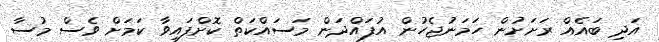
އަދި ބައެއް ރަށަށުން ހަމަނުޖެހުން އުފައްދަން މަސައްކަތް ކޮށްފައިވާ ކަމަށް ވެސް މުސާ